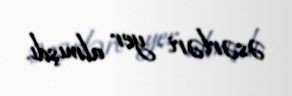
əsərləri yer almışdı.